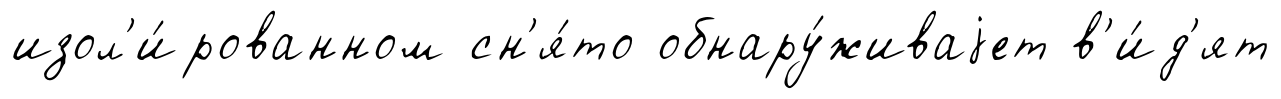
изол'и́рованном сн'я́то обнару́живаjет в'и́д'ят